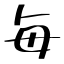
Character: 毎